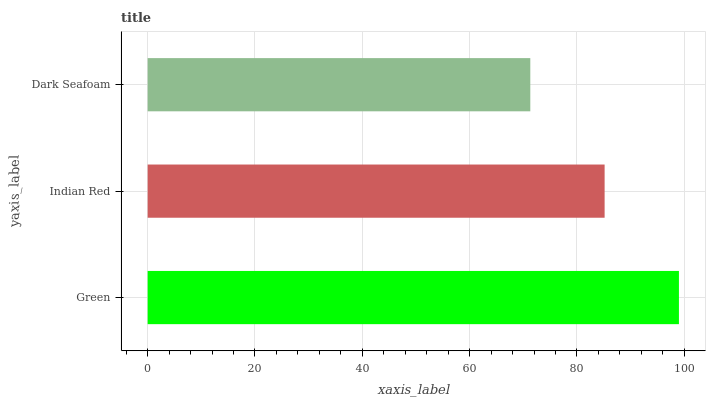
| yaxis_label | bars |
 | --- | --- |
 | Green | 99 |
 | Indian Red | 85.2 |
 | Dark Seafoam | 71.3 |